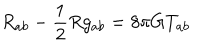
LaTeX: R _ { a b } - \frac { 1 } { 2 } R g _ { a b } = 8 \pi G T _ { a b }